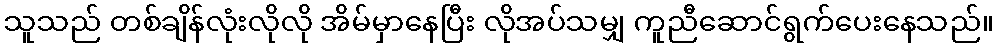
သူသည် တစ်ချိန်လုံးလိုလို အိမ်မှာနေပြီး လိုအပ်သမျှ ကူညီဆောင်ရွက်ပေးနေသည်။